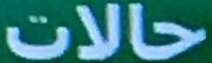
حالات